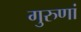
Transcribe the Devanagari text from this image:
गुरुणां